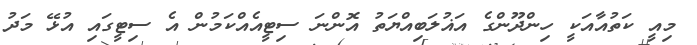
މިއީ ކަތުއާއަކީ ހިންދޫންގެ އަޣުލަބިއްޔަތު އޮންނަ ސިޓީއެއްކަމުން އެ ސިޓީގައި އުޅޭ މަދު